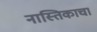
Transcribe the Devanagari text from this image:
नास्तिकाचा